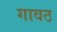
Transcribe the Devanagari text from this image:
गावठ